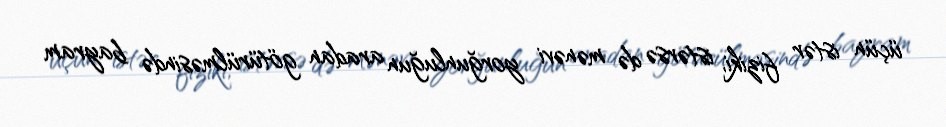
üçün istər fiziki, istərsə də mənəvi yorğunluğun aradan götürülməsində bayram